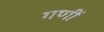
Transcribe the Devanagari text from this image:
गणीं